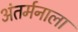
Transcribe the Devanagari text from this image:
अंतर्मनाला